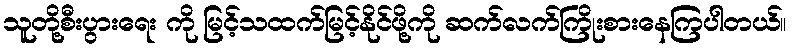
သူတို့စီးပွားရေး ကို မြင့်သထက်မြင့်နိုင်ဖို့ကို ဆက်လက်ကြိုးစားနေကြပါတယ်။